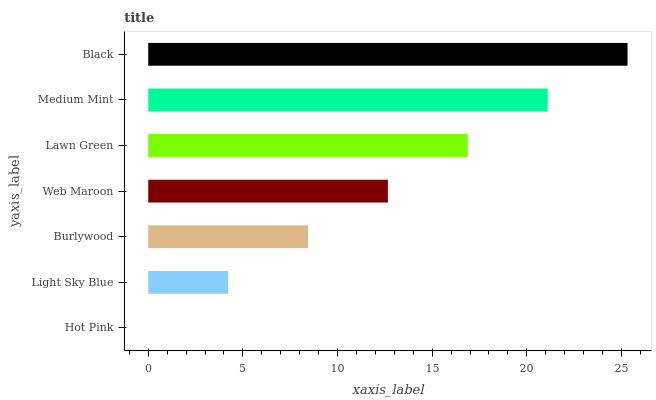
| yaxis_label | bars |
 | --- | --- |
 | Hot Pink | 0 |
 | Light Sky Blue | 4.22 |
 | Burlywood | 8.44 |
 | Web Maroon | 12.7 |
 | Lawn Green | 16.9 |
 | Medium Mint | 21.1 |
 | Black | 25.3 |